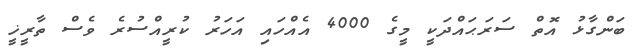
ބަންގާޅު އޮތް ސަރަޙައްދަކީ މީގެ 4000 އެއްހައި އަހަރު ކުރީއްސުރެ ވެސް ތާރީޚީ